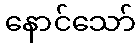
နောင်သော်